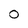
Character: 0